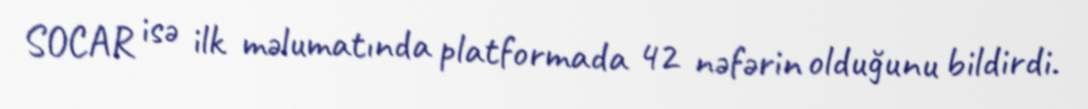
SOCAR isə ilk məlumatında platformada 42 nəfərin olduğunu bildirdi.